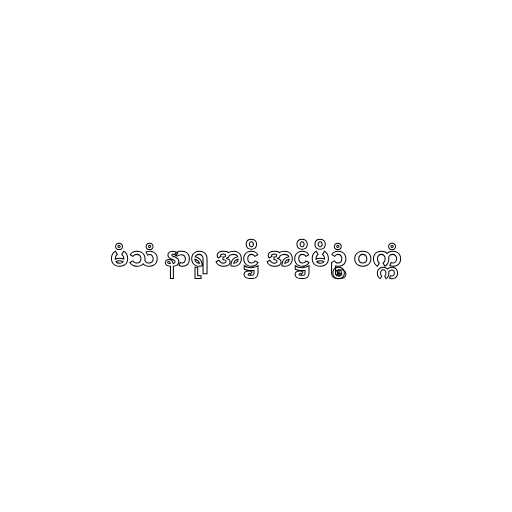
မံသံ နာရု အဋ္ဌိ အဋ္ဌိမိဥ္စံ ဝက္ကံ